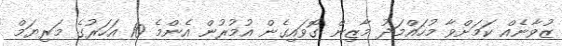
ޒުވާނެއް ކަމަށްވާ މުހައްމަދު މާޒިން ގޮވައިގެން އުމުރުން އެންމެ 10 އަހަރުގެ މަރިޔަމް